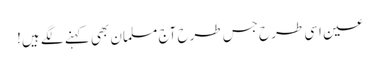
عین اسی طرح جس طرح آج مسلمان بھی کہنے لگے ہیں!